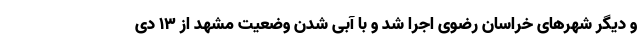
و دیگر شهرهای خراسان رضوی اجرا شد و با آبی شدن وضعیت مشهد از ١٣ دی